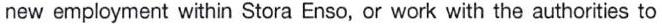
new employment within Stora Enso, or work with the authorities to